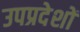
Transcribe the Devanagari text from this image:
उपप्रदेशों